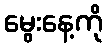
မွေးနေ့ကို